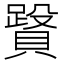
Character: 𧷥